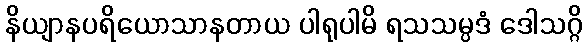
နိယျာနပရိယောသာနတာယ ပါရုပါမိ ရသသမ္ပဒံ ဒေါသဂ္ဂိ